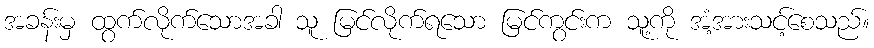
အခန်းမှ ထွက်လိုက်သောအခါ သူ မြင်လိုက်ရသော မြင်ကွင်းက သူ့ကို အံ့အားသင့်စေသည်။